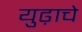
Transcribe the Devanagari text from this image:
युढ़ाचे